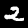
Digit: 2